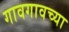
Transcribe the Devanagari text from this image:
गावगावच्या